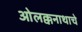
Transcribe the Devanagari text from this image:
ओलक्कनाथाचे